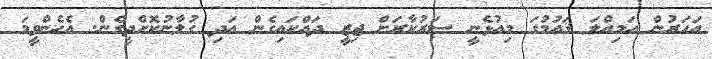
އަހަރުން އަމިއްލަ ޤައުމުގަ މިއުޅެނީ ސަރުކާރަށް ޖިޒީ ދައްކައިގެން އަދި ގުލާނުކޮށްދީގެން. އެހެންވީމަ